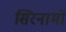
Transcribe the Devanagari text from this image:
सिरनामों